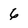
Character: 6